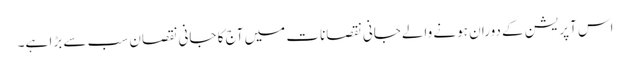
اس آپریشن کے دوران ہونے والےجانی نقصانات میں آج کا جانی نقصان سب سے بڑا ہے۔